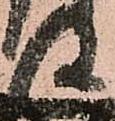
政